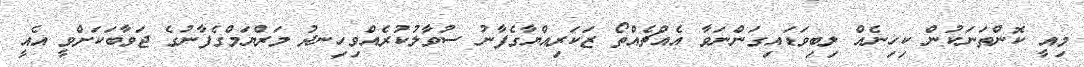
މިއީ ކޮންތަނަކުން ކިހިނެއް ލިބިވަޑައިގަންނަވާ އެއްޗެއްތޯ ޒަކަރިއްޔާގެފާނު ސުވާލުކުރެއްވިހިނދު މަރްޔަމްގެފާނުގެ ޖަވާބަކަށްވީ އެއީ